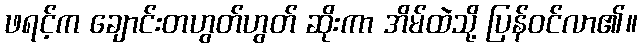
ဖရင့်က ချောင်းတဟွတ်ဟွတ် ဆိုးကာ အိမ်ထဲသို့ ပြန်ဝင်လာ၏။